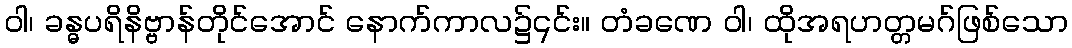
ဝါ၊ ခန္ဓပရိနိဗ္ဗာန်တိုင်အောင် နောက်ကာလ၌၎င်း။ တံခဏေ ဝါ၊ ထိုအရဟတ္တမဂ်ဖြစ်သော